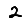
Digit: 2